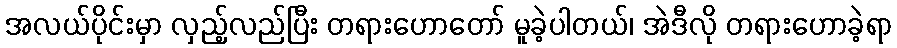
အလယ်ပိုင်းမှာ လှည့်လည်ပြီး တရားဟောတော် မူခဲ့ပါတယ်၊ အဲဒီလို တရားဟောခဲ့ရာ